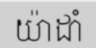
យ៉ាដាំ